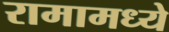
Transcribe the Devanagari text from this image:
रामामध्ये